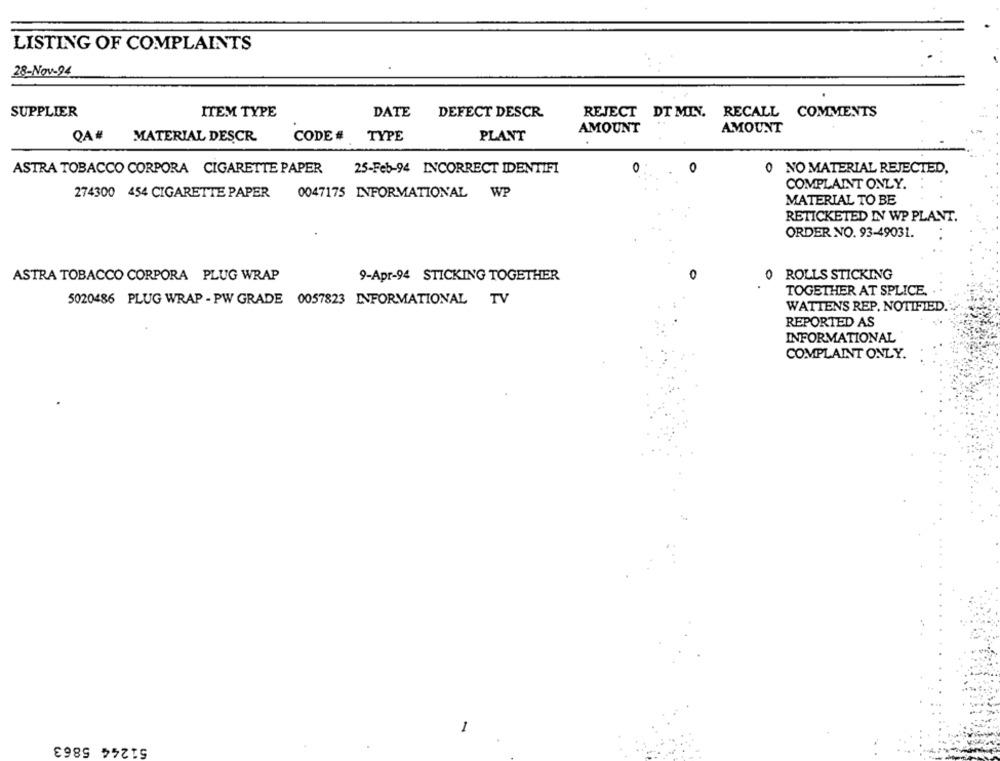
LISTING OF COMPLAINTS
28-Nov-94
SUPPLIER
ITEM TYPE
DATE
DEFECT DESCR
REJECT DT MIN. RECALL COMMENTS
AMOUNT
AMOUNT
QA #
MATERIAL DESCR
CODE# TYPE
PLANT
O
0
ASTRA TOBACCO CORPORA CIGARETTE PAPER
25-Feb-94 INCORRECT IDENTIFI
0 NO MATERIAL REJECTED,
COMPLAINT ONLY.
274300 454 CIGARETTE PAPER 0047175 INFORMATIONAL WP
MATERIAL TO BE
RETICKETED IN WP PLANT.
ORDER NO. 93-49031.
0
ROLLS STICKING
ASTRA TOBACCO CORPORA PLUG WRAP
9-Apr-94 STICKING TOGETHER
0
TOGETHER AT SPLICE.
5020486 PLUG WRAP - PW GRADE 0057823 INFORMATIONAL TV
WATTENS REP. NOTIFIED.
REPORTED AS
INFORMATIONAL
COMPLAINT ONLY.
-
51244 5863